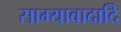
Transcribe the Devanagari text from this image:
साम्यावादादि